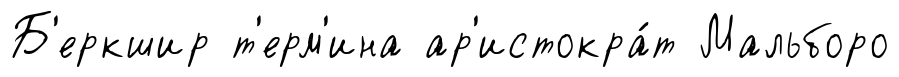
Б'еркшир т'ерм'ина ар'истокра́т Мальборо